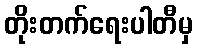
တိုးတက်ရေးပါတီမှ